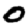
Digit: 0